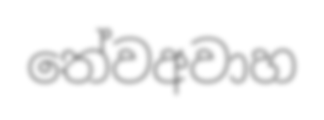
තේවඅවාහ